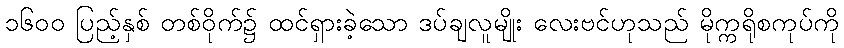
၁၆၀၀ ပြည့်နှစ် တစ်ဝိုက်၌ ထင်ရှားခဲ့သော ဒပ်ချလူမျိုး လေးဗင်ဟုသည် မိုက္ကရိုစကုပ်ကို